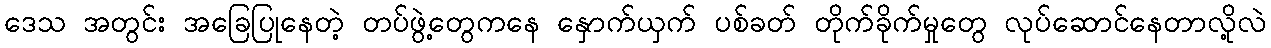
ဒေသ အတွင်း အခြေပြုနေတဲ့ တပ်ဖွဲ့တွေကနေ နှောက်ယှက် ပစ်ခတ် တိုက်ခိုက်မှုတွေ လုပ်ဆောင်နေတာလို့လဲ